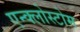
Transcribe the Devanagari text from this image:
एन्क्लोस्टोम